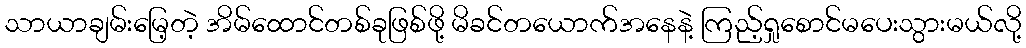
သာယာချမ်းမြေ့တဲ့ အိမ်ထောင်တစ်ခုဖြစ်ဖို့ မိခင်တယောက်အနေနဲ့ ကြည့်ရှုစောင်မပေးသွားမယ်လို့